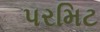
પરમિટ